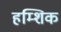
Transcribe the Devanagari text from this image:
हम्शिक